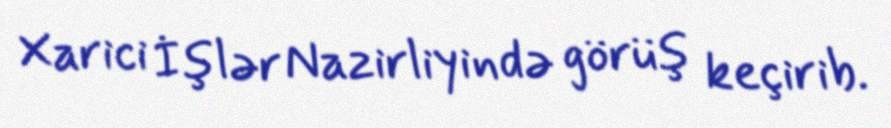
Xarici İşlər Nazirliyində görüş keçirib.